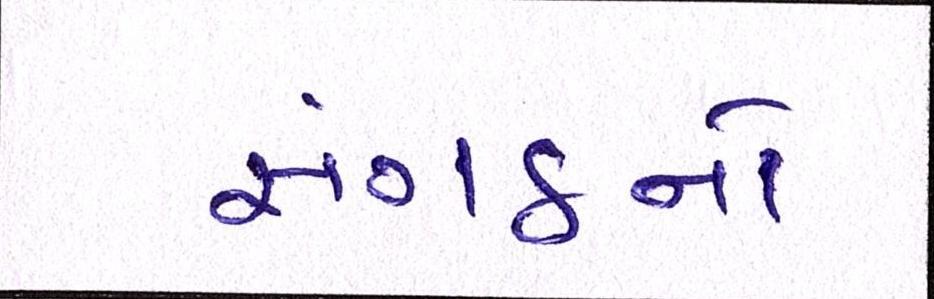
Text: સંગઠનો